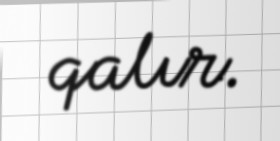
qalır.